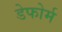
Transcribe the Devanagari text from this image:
डेफोर्म